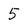
Character: 5